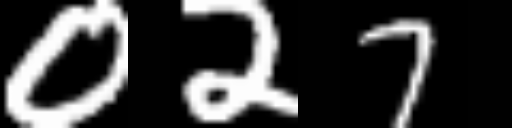
Text: 027